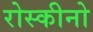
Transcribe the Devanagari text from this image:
रोस्कीनो